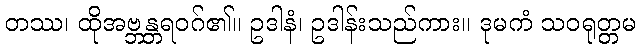
တဿ၊ ထိုအဗ္ဘန္တရဝဂ်၏။ ဥဒါနံ၊ ဥဒါန်းသည်ကား။ ဒုမကံ သဝရုတ္တမ